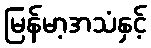
မြန်မာ့အသံနှင့်